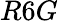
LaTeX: R6G